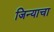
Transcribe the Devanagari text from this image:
जिन्याचा